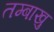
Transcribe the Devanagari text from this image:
तम्बाखु